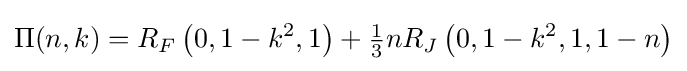
\Pi (n,k)=R_{F}\left(0,1-k^{2},1\right)+{\tfrac {1}{3}}nR_{J}\left(0,1-k^{2},1,1-n\right)